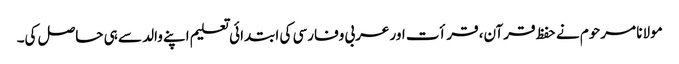
مولانا مرحوم نے حفظ قرآن، قرأت اور عربی وفارسی کی ابتدائی تعلیم اپنے والد سے ہی حاصل کی۔